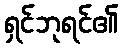
ရှင်ဘုရင်၏